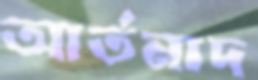
আর্তনাদ